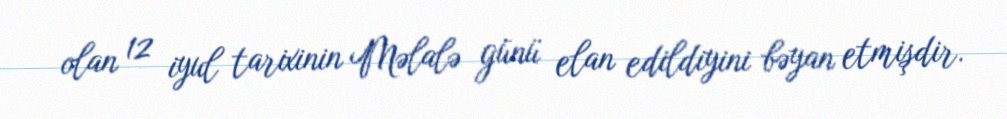
olan 12 iyul tarixinin Məlalə günü elan edildiyini bəyan etmişdir.